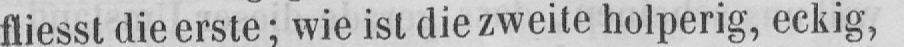
fliesst die erste; wie ist die zweite holperig, eckig,